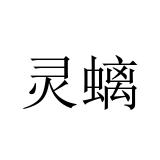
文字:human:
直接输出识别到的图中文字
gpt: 灵螭